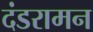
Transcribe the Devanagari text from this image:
दंडरामन